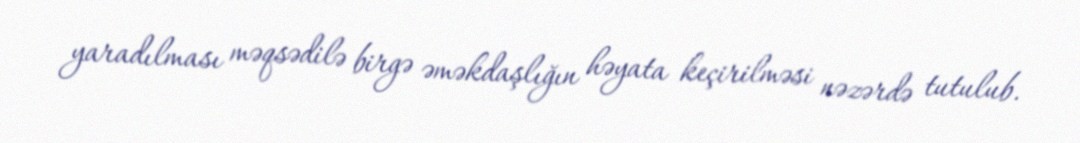
yaradılması məqsədilə birgə əməkdaşlığın həyata keçirilməsi nəzərdə tutulub.